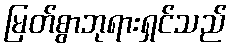
မြတ်စွာဘုရားရှင်သည်